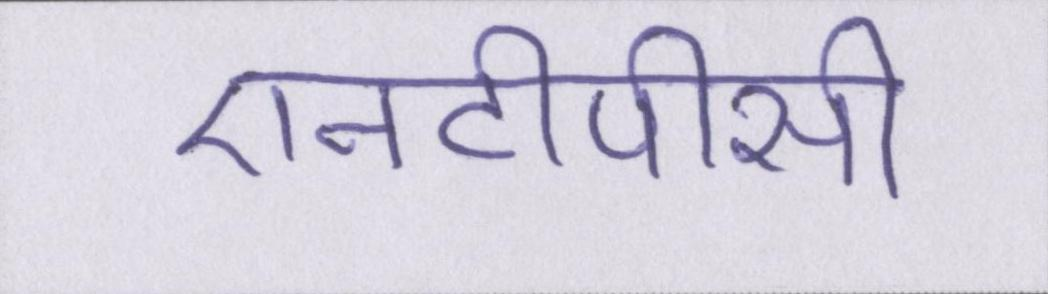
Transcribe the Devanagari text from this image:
एनटीपीसी